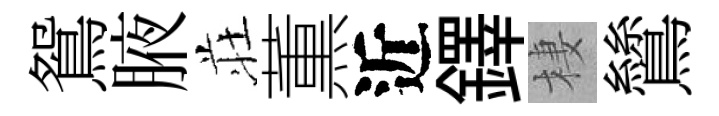
鴛腋荘薫近鐸棲鷥